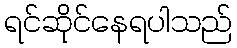
ရင်ဆိုင်နေရပါသည်